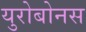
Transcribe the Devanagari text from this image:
युरोबोनस